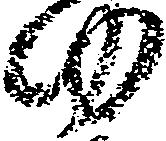
ゆ